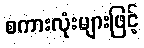
စကားလုံးများဖြင့်